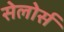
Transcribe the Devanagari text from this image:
सेलोर्स